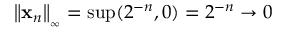
\left\Vert \mathbf { x } _ { n } \right\Vert _ { _ { \infty } } = \operatorname* { s u p } ( 2 ^ { - n } , 0 ) = 2 ^ { - n } \rightarrow 0